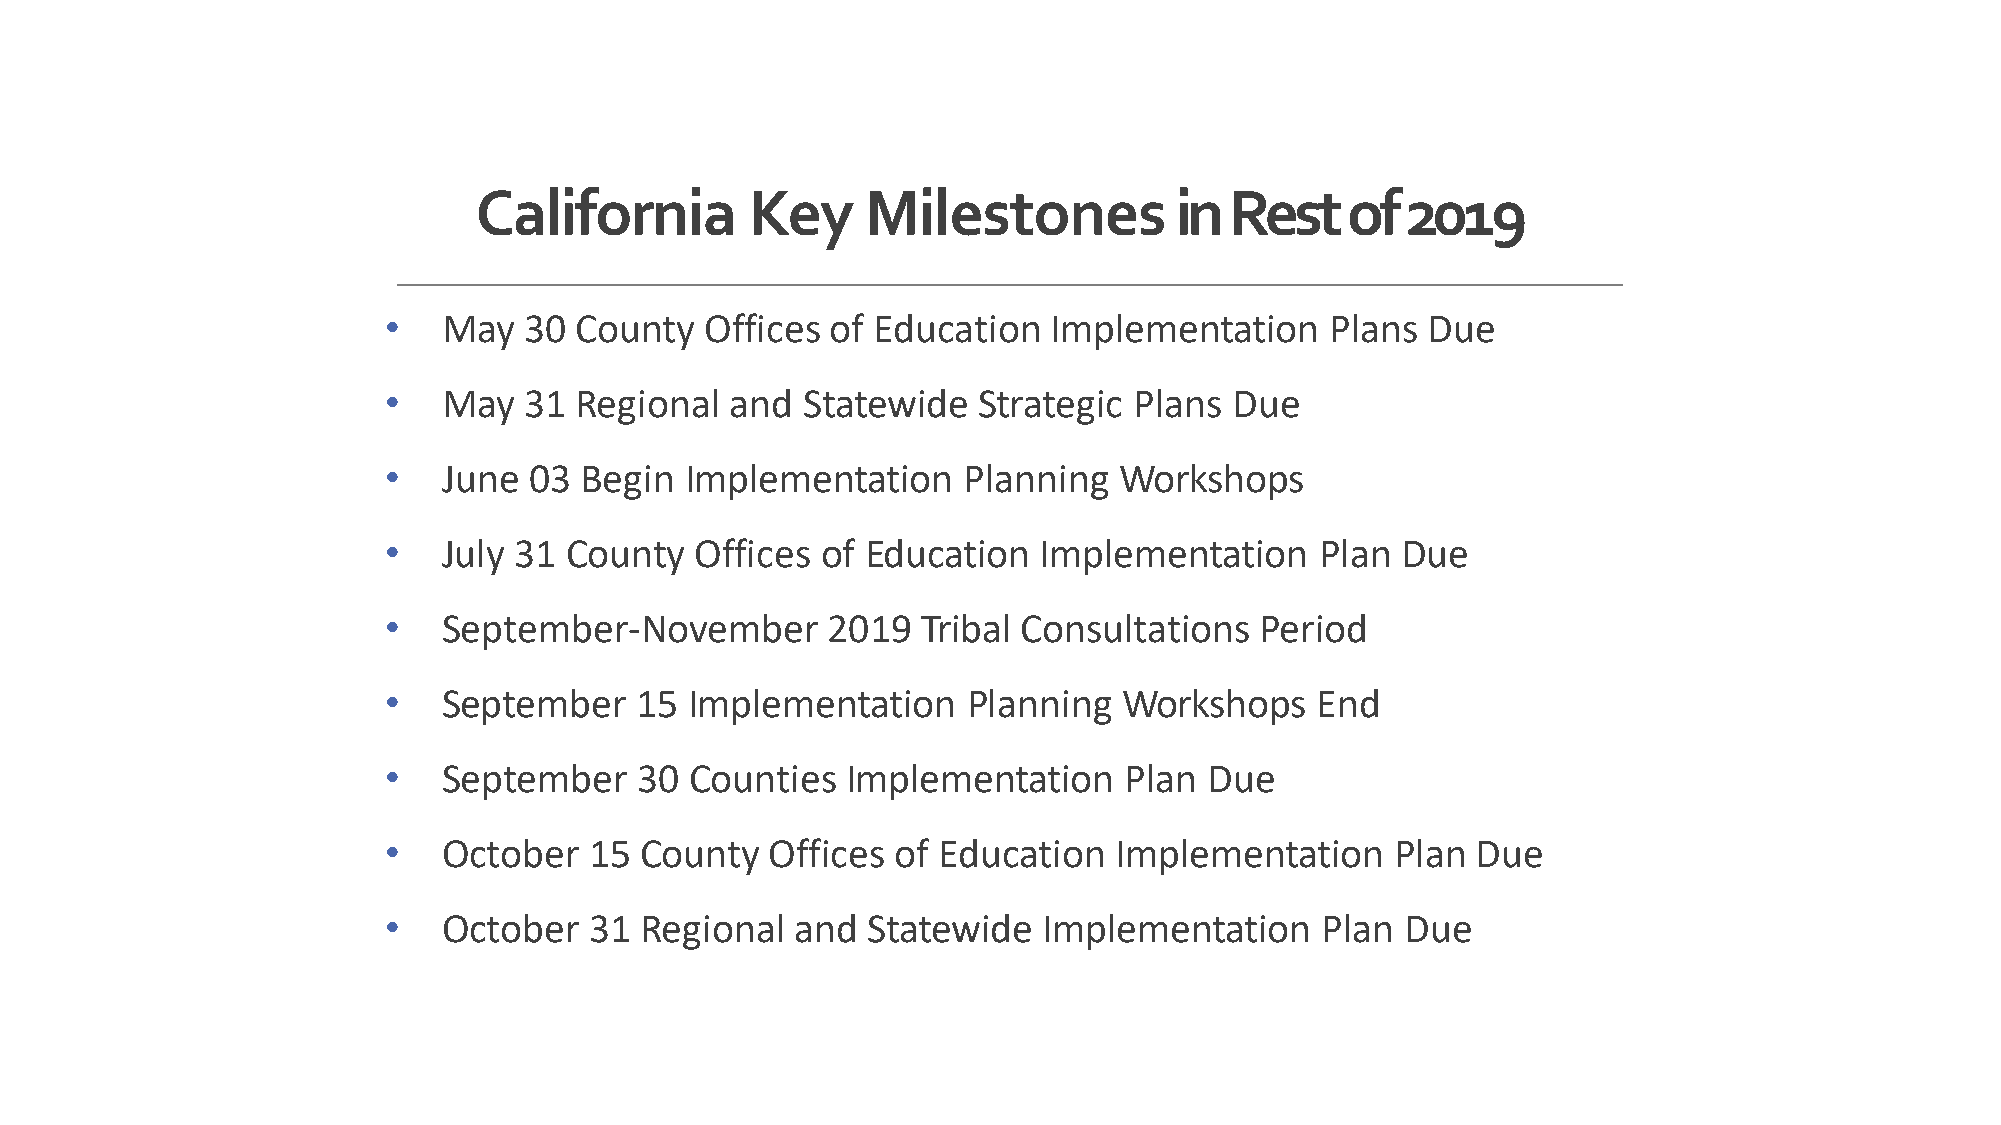
California         Key    Milestones           in Rest    of  2019
 •   May   30 County   Offices of Education   Implementation    Plans Due
 •   May   31 Regional  and  Statewide   Strategic Plans  Due
 •   June  03 Begin  Implementation     Planning  Workshops
 •   July 31 County   Offices of Education   Implementation    Plan  Due
 •   September-November        2019  Tribal Consultations  Period
 •   September    15  Implementation    Planning  Workshops    End
 •   September    30  Counties  Implementation    Plan  Due
 •   October   15 County   Offices of Education   Implementation    Plan  Due
 •   October   31 Regional   and Statewide   Implementation    Plan  Due
 1
 7